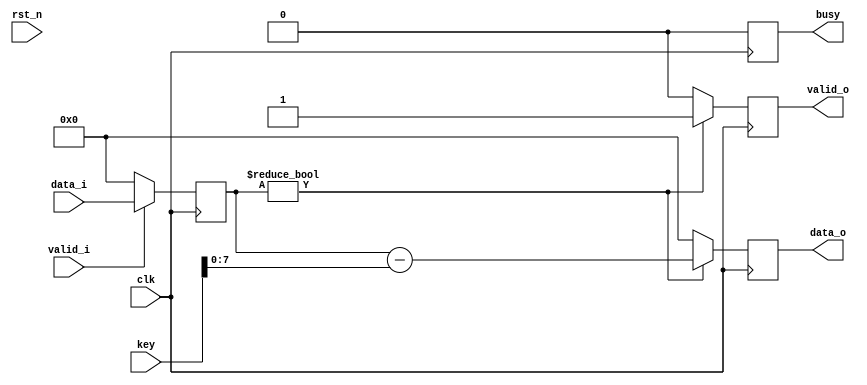
`timescale 1ns / 1ps
//////////////////////////////////////////////////////////////////////////////////
// Company: 
// Engineer: 
// 
// Design Name: 
// Module Name:    ceasar_decryption 
// Project Name: 
// Target Devices: 
// Tool versions: 
// Description: 
//
// Dependencies: 
//
// Revision: 
// Revision 0.01 - File Created
// Additional Comments: 
//
//////////////////////////////////////////////////////////////////////////////////
module caesar_decryption #(
				parameter D_WIDTH = 8,
				parameter KEY_WIDTH = 16
			)(
			// Clock and reset interface
			input clk,
			input rst_n,
			
			// Input interface
			input[D_WIDTH - 1:0] data_i,
			input valid_i,
			
			// Decryption Key
			input[KEY_WIDTH - 1 : 0] key,
			
			// Output interface
         output reg busy,
				
			output reg[D_WIDTH - 1:0] data_o,
			output reg valid_o
    );

// TODO: Implement Caesar Decryption here
reg [D_WIDTH-1 : 0] letter = 0;

always @(posedge clk) begin

	//semnalul busy va fi 0 mereu
	busy <= 0;

	//daca valid_i este 1 inseamna ca avem caractere de citit si vom atribui valoarea caracterului lui letter
		if(valid_i) begin
			letter <= data_i;
		end else begin //daca valid_i e 0 letter va avea valoarea 0 semnaland ca nu este niciun caracter citit
			letter <= 0;
		end
		
	if(letter != 0) begin //daca letter are caractere de citit atunci out data_o ii va fi atribuita valoarea lui letter decriptata si vali_o va fi 1
		data_o <= letter - key;
		valid_o <= 1;
	end else begin  //daca letter e 0 , valid_o va fi 0 , iar data_o va fi 0
		valid_o <= 0;
		data_o <= 0;
	end

end

endmodule